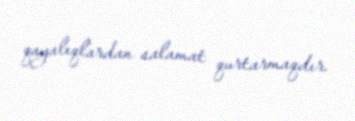
qayalıqlardan salamat qurtarmaqdır.